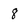
Character: 8